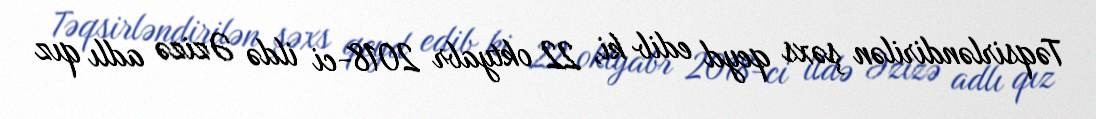
Təqsirləndirilən şəxs qeyd edib ki, 22 oktyabr 2018-ci ildə Əzizə adlı qız